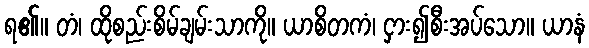
ရ၏။ တံ၊ ထိုစည်းစိမ်ချမ်းသာကို။ ယာစိတကံ၊ ငှား၍စီးအပ်သော။ ယာနံ